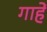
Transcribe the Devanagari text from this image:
गाहें